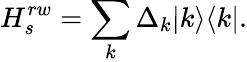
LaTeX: H_{s}^{rw}=\sum_{k}\Delta_{k}|k\rangle\langle k|.